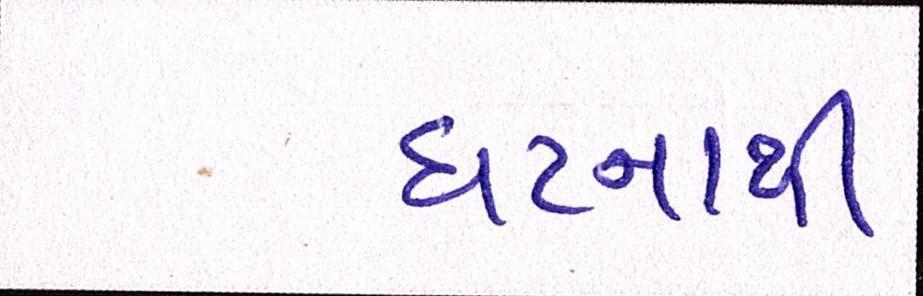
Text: ઘટનાથી